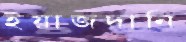
ইয়াজদানি